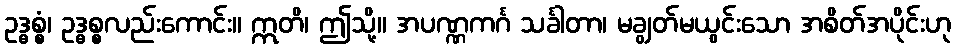
ဥဒ္ဓစ္စံ၊ ဥဒ္ဓစ္စလည်းကောင်း။ ဣတိ၊ ဤသို့။ အပဏ္ဏကင်္ဂ သင်္ခါတာ၊ မချွတ်မယွင်းသော အစိတ်အပိုင်းဟု